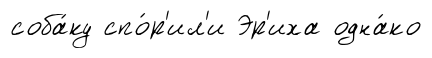
соба́ку спо́р'ил'и Эр'иха одна́ко